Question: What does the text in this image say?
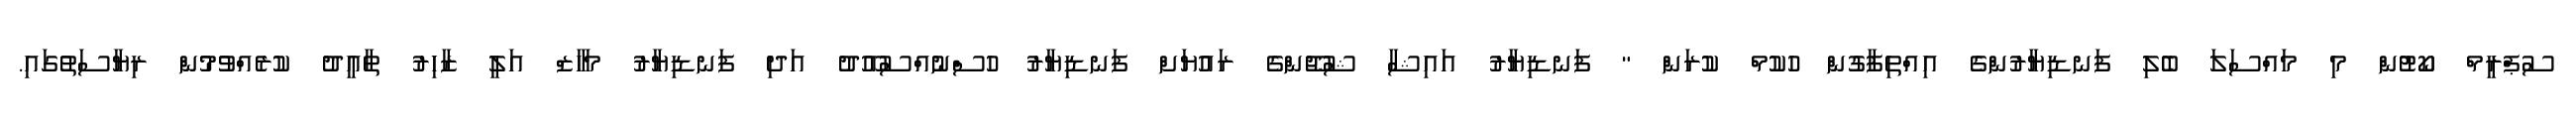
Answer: ސުޕްރީމް ކޯޓުން މި މައްސަލަ ބެލި ފަނޑިޔާރުންގެ އިއްތިފާގުން ހުކުމް ކުރަން " ފަނޑިޔާރު އައިޝާ ޝުޖޫންގެ ރައުޔަށް ފަނޑިޔާރު ހުސްނުއްސުއޫދު އަދި ފަނޑިޔާރު މަހާޒް އަލީ ޒާހިރު ތާއީދު ކުރެއްވުމުން ރިޔާސަތުގައި.